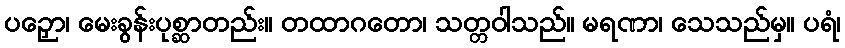
ပဉှော၊ မေးခွန်းပုစ္ဆာတည်း။ တထာဂတော၊ သတ္တဝါသည်။ မရဏာ၊ သေသည်မှ။ ပရံ၊